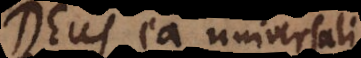
Deus ea universali